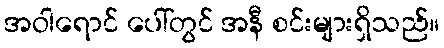
အဝါရောင် ပေါ်တွင် အနီ စင်းများရှိသည်။